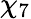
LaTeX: \chi_{7}